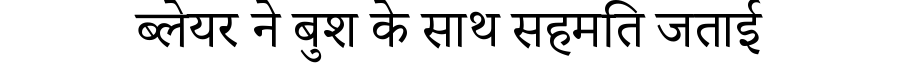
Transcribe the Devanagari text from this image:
ब्लेयर ने बुश के साथ सहमति जताई